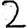
Digit: 2